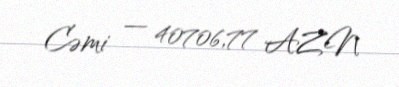
Cəmi — 40706,77 AZN